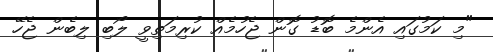
"މި ކަމުގައި އެންމެ ބޮޑު ގޮން ޖެހުމެއް ކުރިމަތިވީ ލޯބި ލިބެން ޖެހޭ